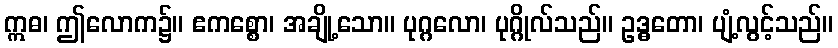
ဣဓ၊ ဤလောက၌။ ဧကစ္စော၊ အချို့သော။ ပုဂ္ဂလော၊ ပုဂ္ဂိုလ်သည်။ ဥဒ္ဓတော၊ ပျံ့လွင့်သည်။